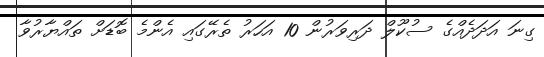
ގިނަ އަދަދެއްގެ ސުކޫލް ދަރިވަރުން 10 އަހަރު ތެރޭގައި އެންމެ ބޮޑަށް ތައްޔާރުވާ